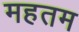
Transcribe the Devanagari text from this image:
महतम